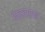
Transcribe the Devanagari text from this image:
बेठद्वारका